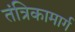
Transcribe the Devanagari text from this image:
तंत्रिकामार्ग